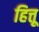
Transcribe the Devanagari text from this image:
हित्तू